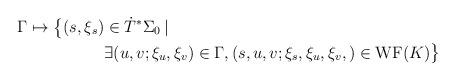
LaTeX: \begin{align*} \Gamma \mapsto \big\{ (s, \xi_s) &\in \dot{T}^{*} \Sigma_0 \,|\, \\ &\exists (u, v; \xi_u, \xi_v) \in \Gamma, (s, u, v; \xi_s, \xi_u, \xi_v,) \in \mathrm{WF}(K) \big\} \end{align*}